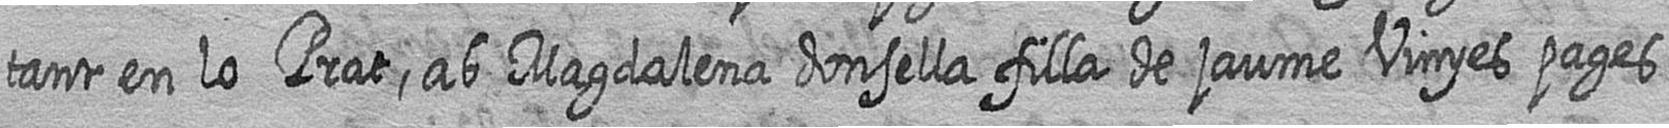
tant en lo Prat ab Magdalena donsella filla de jaume Vinyes pages